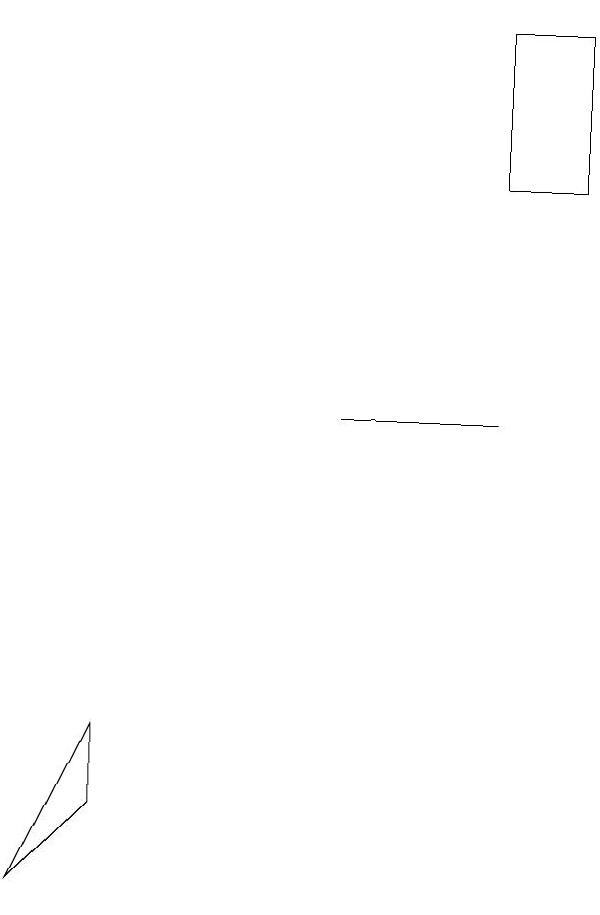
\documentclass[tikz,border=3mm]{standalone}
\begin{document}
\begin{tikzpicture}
\draw (5,11) rectangle (7,11);
\draw (1,5) -- (2,7) -- (2,6) -- cycle;
\draw (8,14) rectangle (7,16);
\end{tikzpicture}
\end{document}